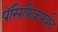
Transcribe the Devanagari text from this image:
पॅसिफिकपर्यंत